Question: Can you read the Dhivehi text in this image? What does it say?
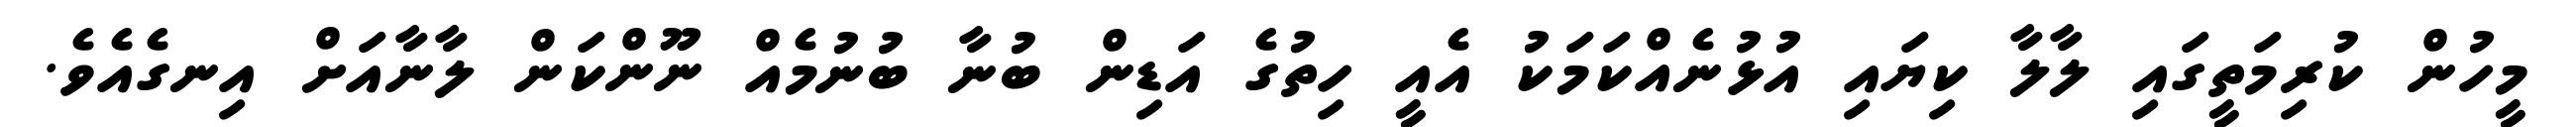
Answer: މީހުން ކުރިމަތީގައި ލާލާ ކިޔައި އުޅުނެއްކަމަކު އެއީ ހިތުގެ އަޑިން ބުނާ ބުނުމެއް ނޫންކަން ލާނާއަށް އިނގެއެވެ.